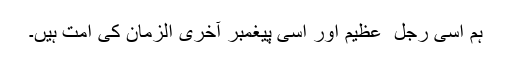
ہم اسی رجل ِ عظیم اور اسی پیغمبر آخری الزمان کی امت ہیں۔